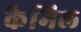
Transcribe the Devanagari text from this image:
कैमिल